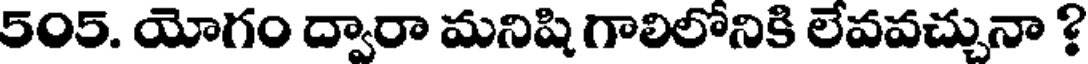
505. యోగం ద్వారా మనిషి గాలిలోనికి లేవవచ్చునా ?